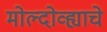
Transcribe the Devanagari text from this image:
मोल्दोव्ह्याचे